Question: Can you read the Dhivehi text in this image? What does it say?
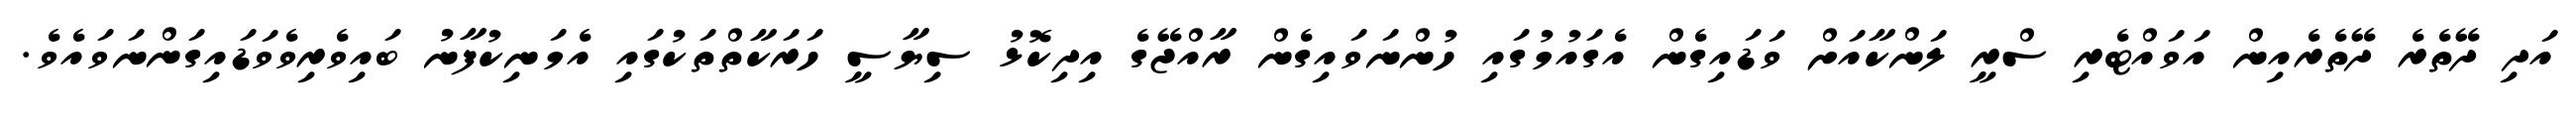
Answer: އަދި ދޭތެރެ ދޭތެރެއިން އަވައްޓެރި ސްރީ ލަންކާއަށް ވަޑައިގެން އެގައުމުގައި ހުންނަވައިގެން ރާއްޖޭގެ އިދިކޮޅު ސިޔާސީ ހަރަކާތްތަކުގައި އެމަނިކުފާނު ބައިވެރިވެވަޑައިގަންނަވައެވެ.